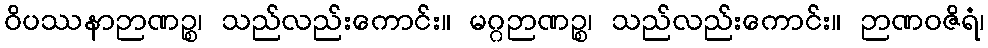
ဝိပဿနာဉာဏဉ္စ၊ သည်လည်းကောင်း။ မဂ္ဂဉာဏဉ္စ၊ သည်လည်းကောင်း။ ဉာဏဝဇိရံ၊